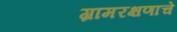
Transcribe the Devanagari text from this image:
ग्रामरक्षणाचे